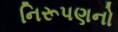
નિરૂપણનો